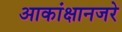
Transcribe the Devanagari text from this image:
आकांक्षानजरे